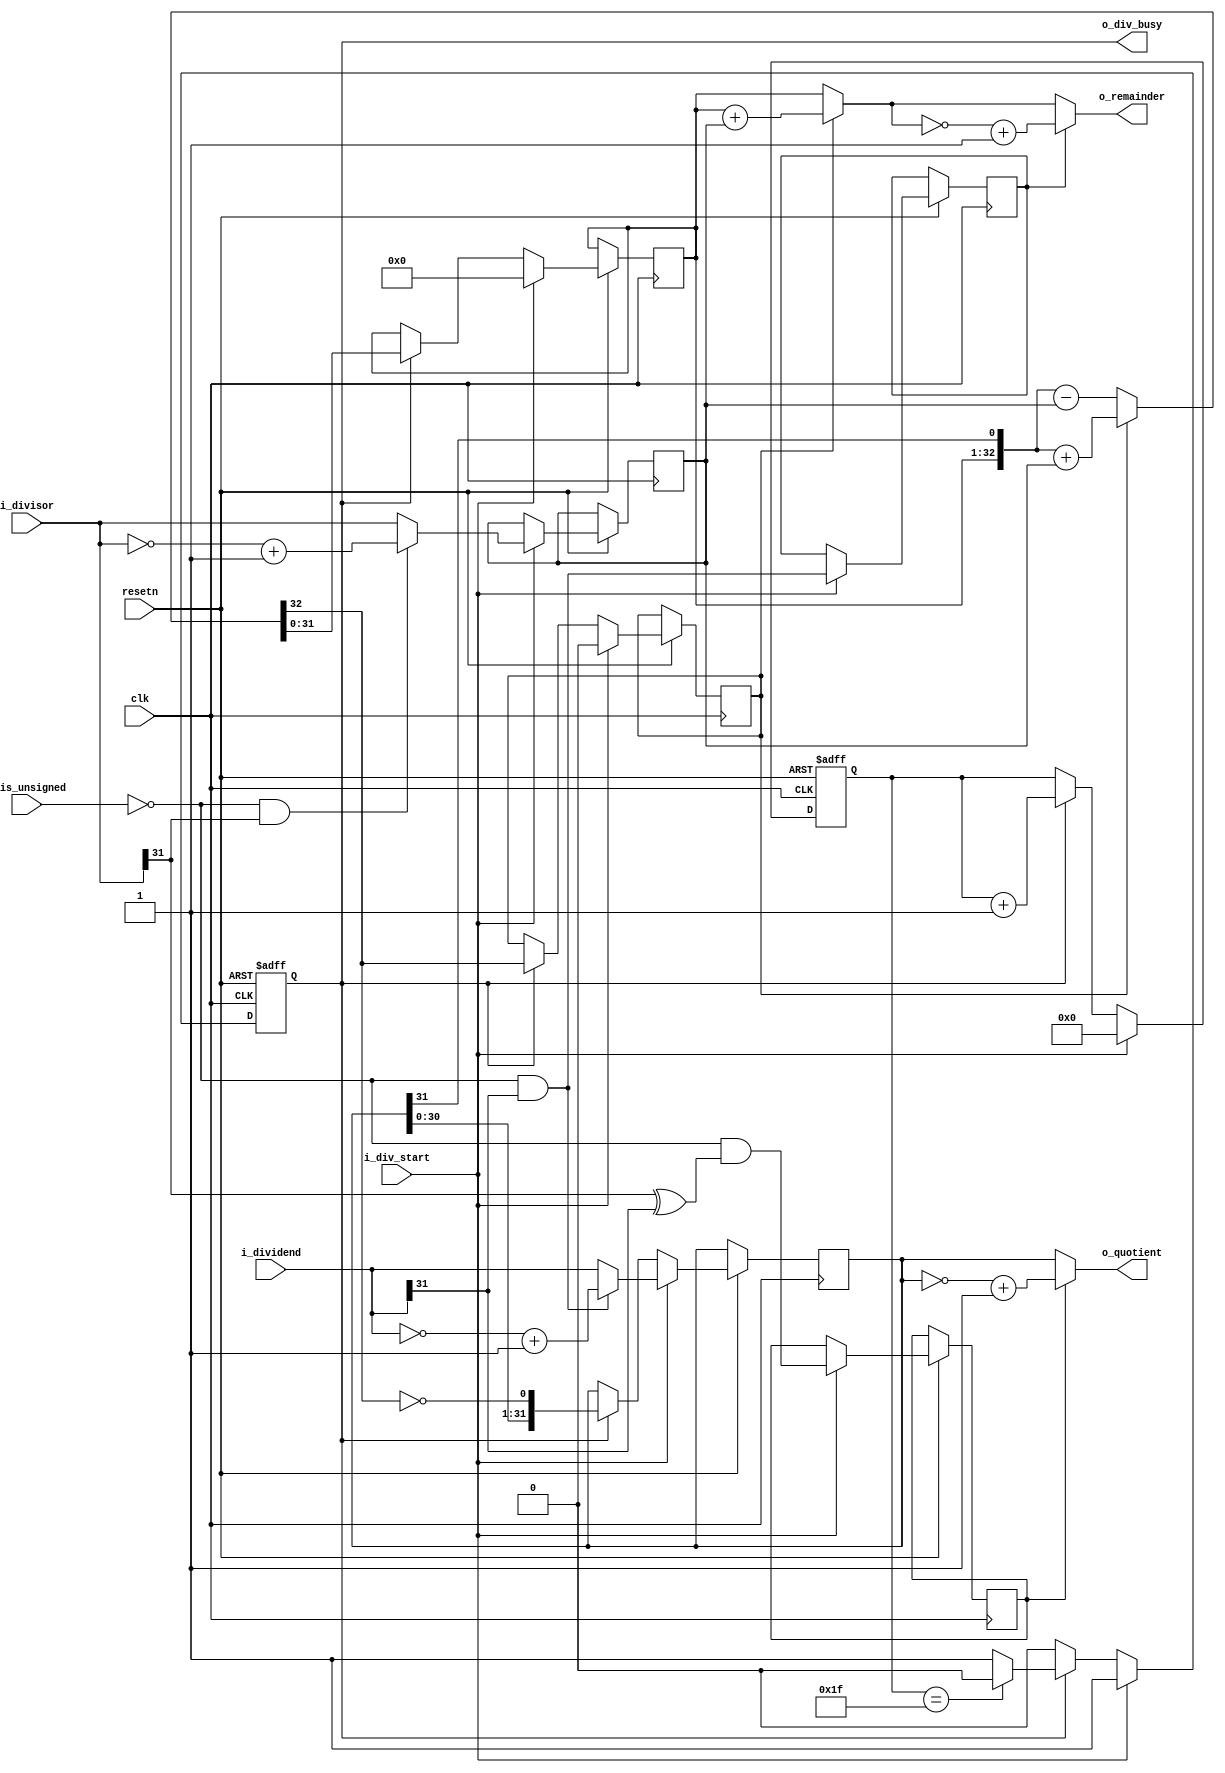
module Divider (
    input wire clk,
    input wire resetn,

    input wire[31:0] i_dividend,
    input wire[31:0] i_divisor,
    input wire i_is_unsigned,
    input wire i_div_start,

    output wire[31:0] o_quotient,
    output wire[31:0] o_remainder,
    output wire o_div_busy
);
    reg r_signal;
    reg q_signal;
    reg [4:0] cnt;
    reg r_sign;
    reg [31:0] reg_b;
    reg [31:0] reg_r;
    reg [31:0] reg_q;

    reg busy;
    wire [31:0] temp_r;
    wire [32:0] sub_add;

    assign sub_add = r_sign ? ({reg_r, reg_q[31]} + {1'b0, reg_b}) : ({reg_r, reg_q[31]} - {1'b0, reg_b});
    assign temp_r = r_sign ? reg_r + reg_b : reg_r;
    assign o_quotient = q_signal ? ~reg_q + 1 : reg_q; 
    assign o_remainder = r_signal ? ~temp_r + 1 : temp_r;

    assign o_div_busy = busy;
    always @(posedge clk or negedge resetn) begin
        if (!resetn) begin
            cnt <= 0;
            
            busy <= 1'b0;
        end
        else begin
            if (i_div_start) begin
                busy <= 1'b1;
                reg_q <= ~i_is_unsigned & i_dividend[31] ? ~i_dividend + 1 : i_dividend;
                r_signal <= ~i_is_unsigned & i_dividend[31];
                reg_r <= 32'h0;
                reg_b <= ~i_is_unsigned & i_divisor[31] ? ~i_divisor + 1 : i_divisor;
                q_signal <= ~i_is_unsigned & (i_divisor[31] ^ i_dividend[31]);
                r_sign <= 1'b0;
                cnt <= 1'b0;
            end
            else if (busy) begin
                reg_r <= sub_add[31:0];
                r_sign <= sub_add[32];
                reg_q <= {reg_q[30:0], ~sub_add[32]};
                cnt <= cnt + 1'b1;
                if (cnt == 5'b11111) begin
                    busy <= 1'b0;
                end
            end
        end
    end
endmodule